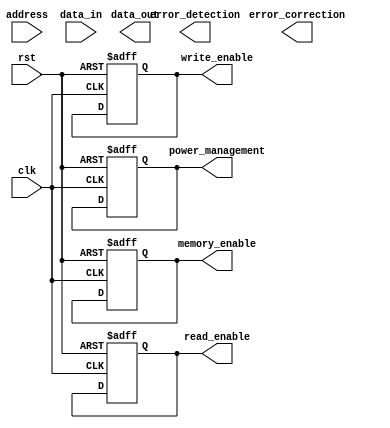
module memory_controller (
   input wire clk,
   input wire rst,
   input wire [31:0] address,
   input wire [31:0] data_in,
   output wire [31:0] data_out,
   output reg memory_enable,
   output reg read_enable,
   output reg write_enable,
   output wire error_detection,
   output wire error_correction,
   output reg power_management
);

// Control logic
always @ (posedge clk or posedge rst) begin
   if (rst) begin
      memory_enable <= 0;
      read_enable <= 0;
      write_enable <= 0;
      power_management <= 0;
   end else begin
      // Implement control logic here
   end
end

// Address decoding
always @ (posedge clk or posedge rst) begin
   if (rst) begin
      // Reset address decoding logic
   end else begin
      // Implement address decoding logic here
   end
end

// Data buffering
always @ (posedge clk or posedge rst) begin
   if (rst) begin
      // Reset data buffering logic
   end else begin
      // Implement data buffering logic here
   end
end

endmodule